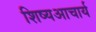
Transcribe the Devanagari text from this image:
शिष्यआचार्य